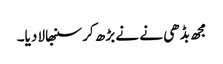
مجھ بڈھی نے نے بڑھ کر سنبھالا دیا۔